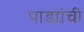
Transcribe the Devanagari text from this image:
पाड्यांची